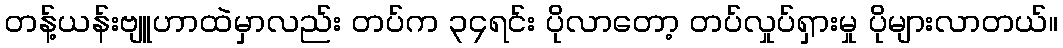
တန့်ယန်းဗျူဟာထဲမှာလည်း တပ်က ၃၄ရင်း ပိုလာတော့ တပ်လှုပ်ရှားမှု ပိုများလာတယ်။